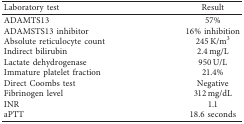
| Laboratory test | Result |
 | --- | --- |
 | ADAMTS13 | 57% |
 | ADAMSTS13 inhibitor | 16% inhibition |
 | Absolute reticulocyte count | 245 K/m3 |
 | Indirect bilirubin | 2.4 mg/L |
 | Lactate dehydrogenase | 950 U/L |
 | Immature platelet fraction | 21.4% |
 | Direct Coombs test | Negative |
 | Fibrinogen level | 312 mg/dL |
 | INR | 1.1 |
 | aPTT | 18.6 seconds |